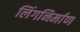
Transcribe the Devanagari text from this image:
लिंगनिर्माण